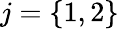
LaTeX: j=\{ 1,2\}